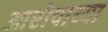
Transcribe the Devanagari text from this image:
आरोपाच्या